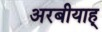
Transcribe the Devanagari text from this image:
अरबीयाह्